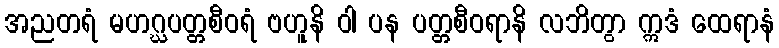
အညတရံ မဟဂ္ဃပတ္တစီဝရံ ဗဟူနိ ဝါ ပန ပတ္တစီဝရာနိ လဘိတွာ ဣဒံ ထေရာနံ